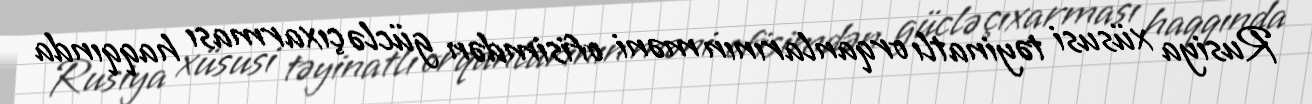
Rusiya xüsusi təyinatlı orqanlarının məni ofisimdən güclə çıxarması haqqında